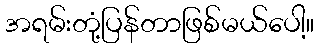
အရမ်းတုံ့ပြန်တာဖြစ်မယ်ပေါ့။